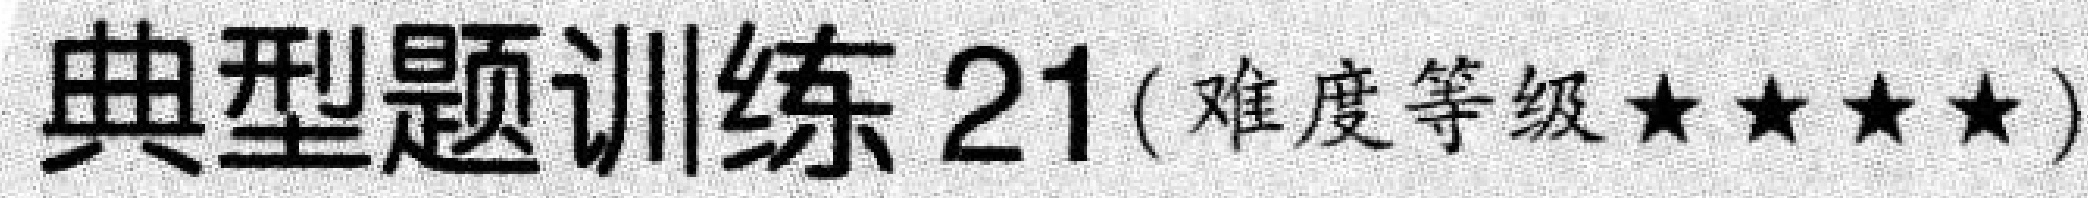
典型题训练 21(难度等级★★★★)